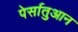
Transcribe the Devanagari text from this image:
पेर्सातुआन